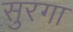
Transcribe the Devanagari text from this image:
सुरगा